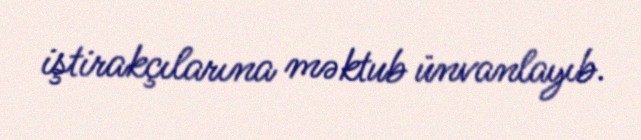
iştirakçılarına məktub ünvanlayıb.